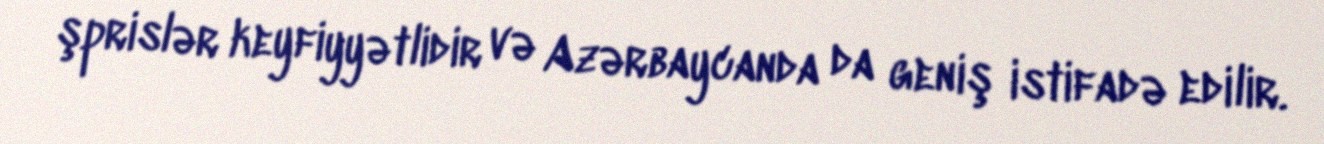
şprislər keyfiyyətlidir və Azərbaycanda da geniş istifadə edilir.